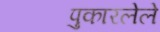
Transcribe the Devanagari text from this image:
पुकारलेले